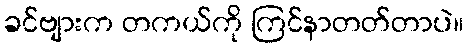
ခင်ဗျားက တကယ်ကို ကြင်နာတတ်တာပဲ။